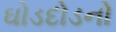
ઘોડદોડનો